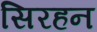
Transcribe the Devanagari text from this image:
सिरहन